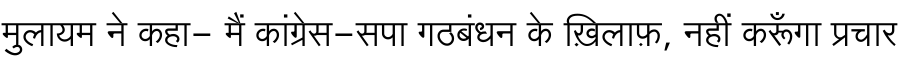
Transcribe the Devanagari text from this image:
मुलायम ने कहा- मैं कांग्रेस-सपा गठबंधन के ख़िलाफ़, नहीं करूँगा प्रचार